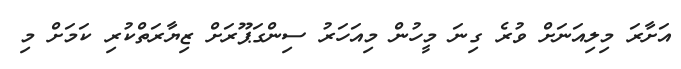
އަށާރަ މިލިއަނަށް ވުރެ ގިނަ މީހުން މިއަހަރު ސިންގަޕޫރަށް ޒިޔާރަތްކުރި ކަމަށް މި